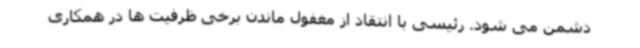
دشمن می شود. رئیسی با انتقاد از مغفول ماندن برخی ظرفیت ها در همکاری